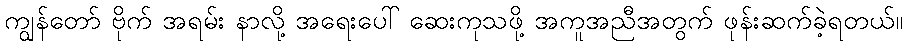
ကျွန်တော် ဗိုက် အရမ်း နာလို့ အရေးပေါ် ဆေးကုသဖို့ အကူအညီအတွက် ဖုန်းဆက်ခဲ့ရတယ်။